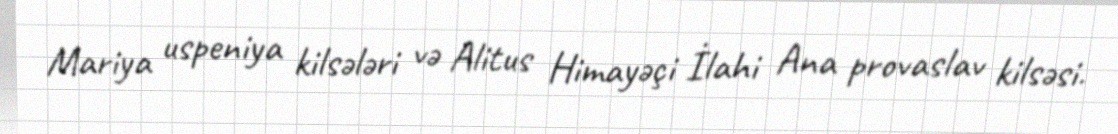
Mariya uspeniya kilsələri və Alitus Himayəçi İlahi Ana provaslav kilsəsi.